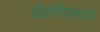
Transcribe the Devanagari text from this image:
डॅलरिंपलाने